65_HS1-834228961_62-HQ-83894_Section_3
Agency: FBI
Page 105
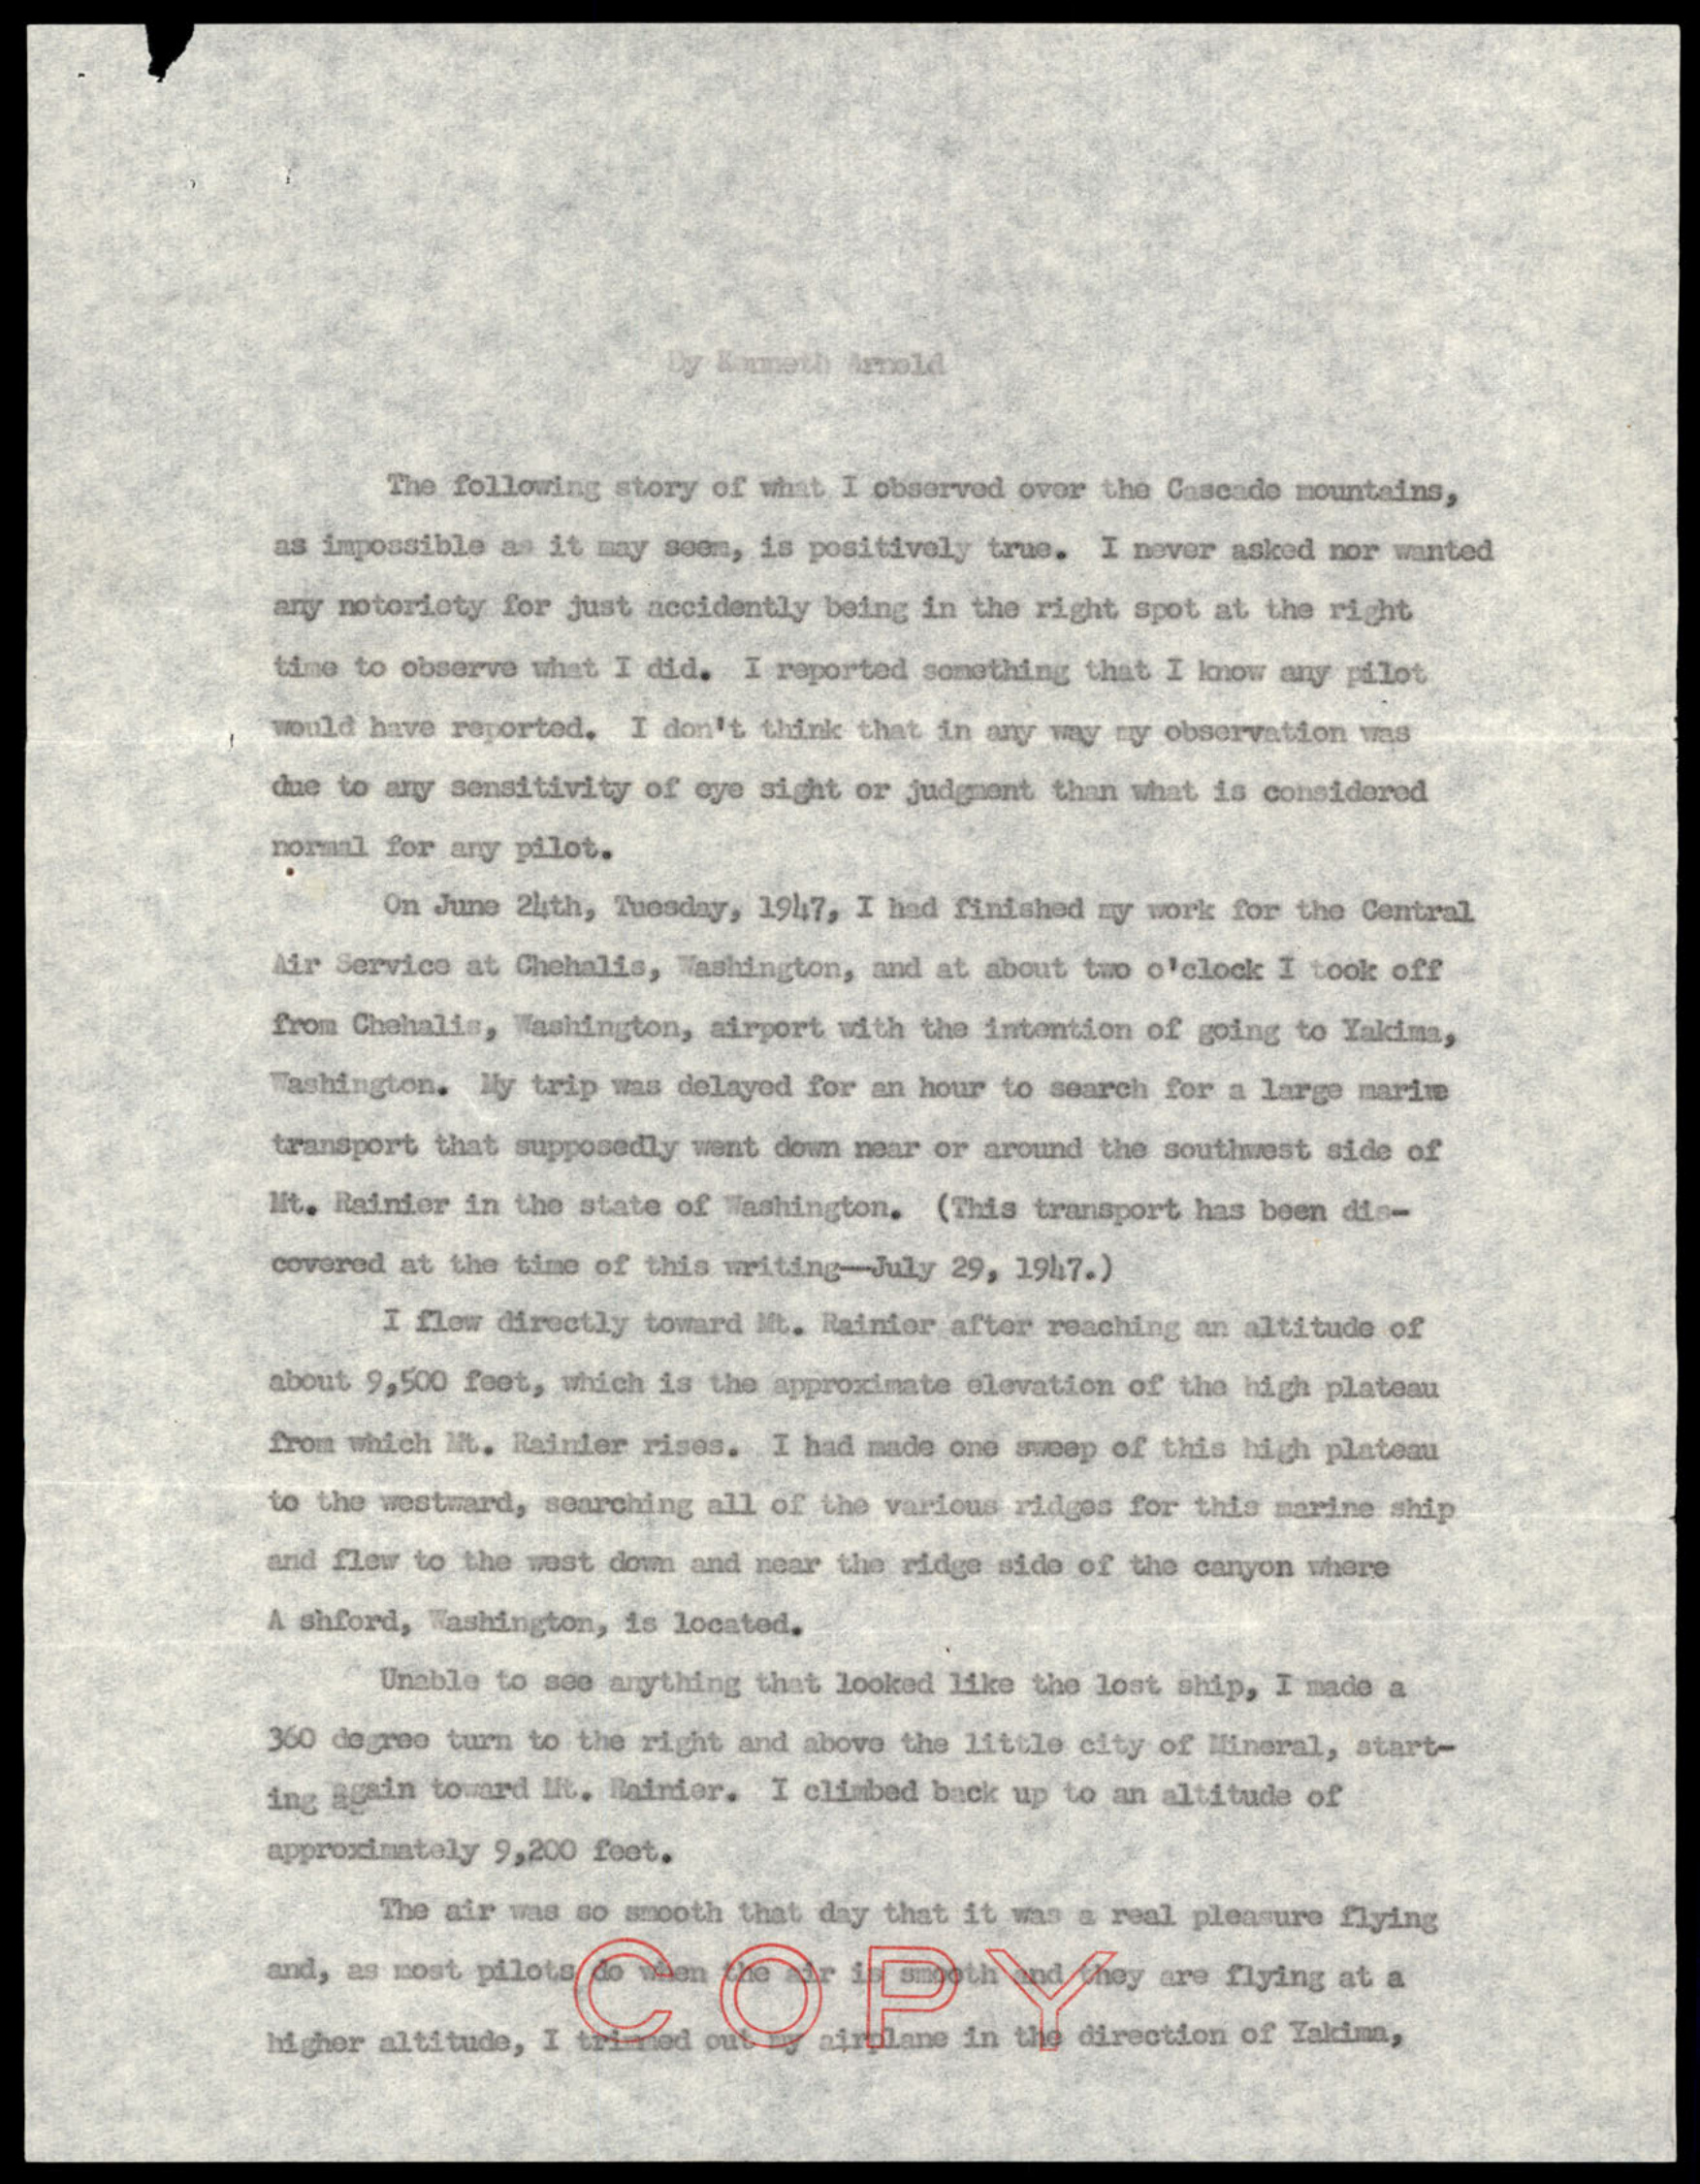